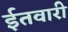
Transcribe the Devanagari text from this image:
ईतवारी